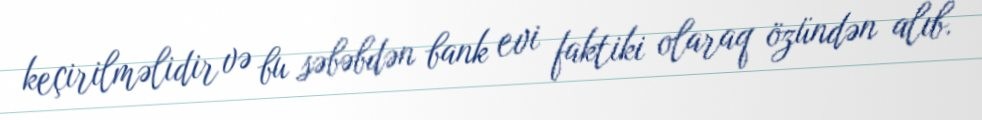
keçirilməlidir və bu səbəbdən bank evi faktiki olaraq özündən alıb.